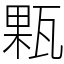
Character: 㼫